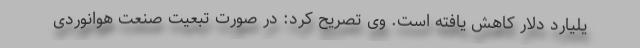
یلیارد دلار کاهش یافته است. وی تصریح کرد: در صورت تبعیت صنعت هوانوردی